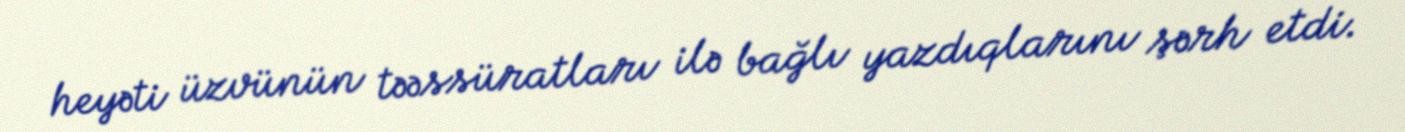
heyəti üzvünün təəssüratları ilə bağlı yazdıqlarını şərh etdi.